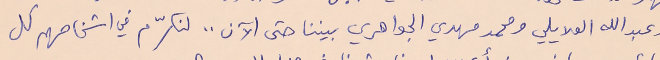
وعبدالله العلايلي ومحمد مهدي الجواهري بيننا حتى الآن .. لنكرّم في اشخاصهم كل